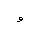
Letter: _waw